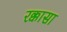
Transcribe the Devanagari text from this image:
रक्कासा